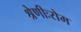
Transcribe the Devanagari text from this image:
श्रेणीःरोम